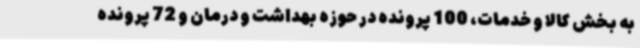
به بخش کالا و خدمات، 100 پرونده در حوزه بهداشت و درمان و 72 پرونده